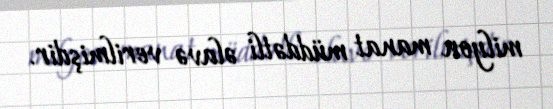
milyon manat müddətli əlavə verilmişdir.